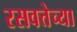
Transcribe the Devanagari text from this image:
रसवत्तेच्या